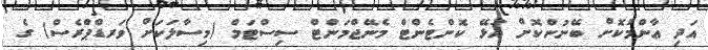
އަދި ޢާންމުކޮށް ބޭނުންކޮށް އުޅޭ ކޮންޓެންޓް މެނޭޖްމަންޓް ސިސްޓަމް (މިސާލަކަށް ވަރޑްޕްރެސް) ގެ